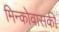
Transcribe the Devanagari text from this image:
मिन्कोवासकी